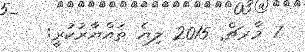
7 މާރޗް